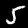
Label: 5